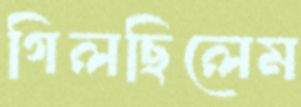
গিলছিলেম